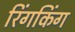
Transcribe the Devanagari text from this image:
रिंगकिंग